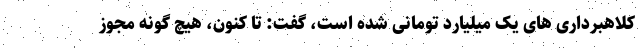
کلاهبرداری های یک میلیارد تومانی شده است، گفت: تا کنون، هیچ گونه مجوز